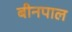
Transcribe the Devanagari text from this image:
बीनपाल